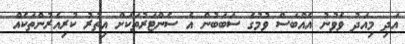
އަދި މިއަދު ވެވުނު އެއްބަސް ވުމުގެ ސަބަބުން އެ ސެންޓަރުތަކަށް އިތުރު ކުރިއެރުންތަކެއް